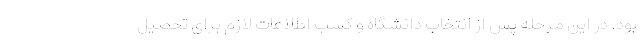
بود. در این مرحله پس از انتخاب دانشگاه و کسب اطلاعات لازم برای تحصیل